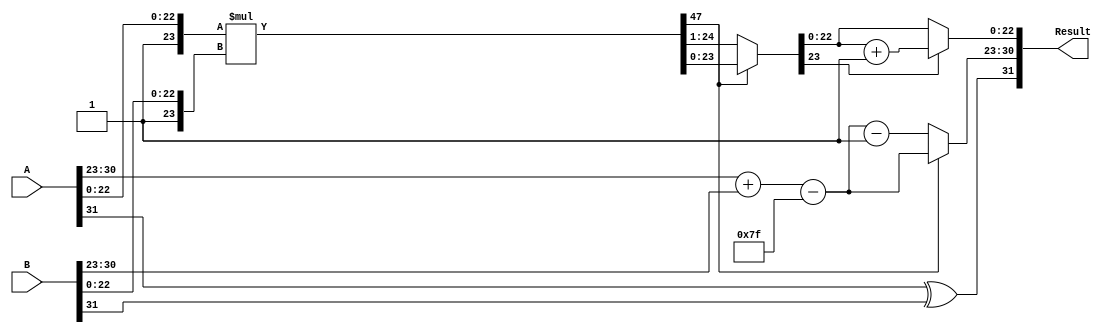
module floating_point_multiplier (
    input  wire [31:0] A, // First floating-point operand
    input  wire [31:0] B, // Second floating-point operand
    output reg  [31:0] Result // Result of multiplication
);

    wire S_A = A[31]; // Sign bit of A
    wire S_B = B[31]; // Sign bit of B
    wire [7:0] E_A = A[30:23]; // Exponent of A
    wire [7:0] E_B = B[30:23]; // Exponent of B
    wire [22:0] M_A = A[22:0]; // Mantissa of A
    wire [22:0] M_B = B[22:0]; // Mantissa of B

    wire [23:0] M_A_ext = {1'b1, M_A}; // Extend mantissa of A with implicit leading 1
    wire [23:0] M_B_ext = {1'b1, M_B}; // Extend mantissa of B with implicit leading 1

    reg [47:0] M_R; // Resulting mantissa (48 bits)
    reg [7:0] E_R; // Resulting exponent
    reg S_R; // Resulting sign

    always @(*) begin
        // Calculate sign of the result
        S_R = S_A ^ S_B;

        // Calculate the exponent of the result
        E_R = E_A + E_B - 8'd127; // Subtract the bias

        // Calculate the mantissa of the result
        M_R = M_A_ext * M_B_ext; // 24-bit * 24-bit = 48-bit product

        // Normalize the result
        if (M_R[47] == 1'b1) begin
            // Leading bit is 1, no shift needed
            // Note: E_R is already computed correctly
        end else begin
            // Leading bit is 0, shift right and increment the exponent
            M_R = M_R >> 1;
            E_R = E_R - 8'd1;
        end

        // Rounding (round to nearest even)
        // Check the 24th bit for rounding needed
        if (M_R[23] == 1'b1) begin
            M_R = M_R + 1; // Round up
        end

        // Assemble the result
        Result = {S_R, E_R, M_R[22:0]}; // Only take the least significant 23 bits of mantissa
    end
    
endmodule